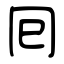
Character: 囘